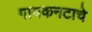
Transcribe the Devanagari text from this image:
गायकनटाचे